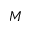
M